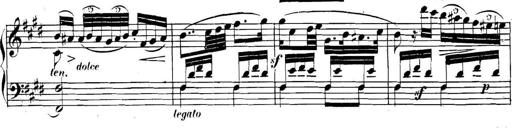
Title: Collected Piano Sonatas
Composer: Muzio Clementi